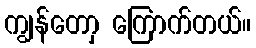
ကျွန်တောှ ကြောက်တယ်။